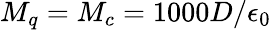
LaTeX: M_{q}=M_{c}=1000D/\epsilon_{0}